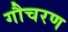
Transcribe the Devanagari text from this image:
गौचरण